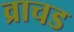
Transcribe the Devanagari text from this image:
व्राचड